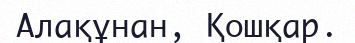
Алақұнан, Қошқар.